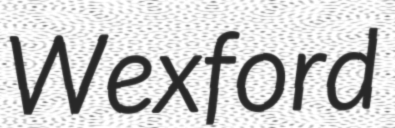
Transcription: Wexford